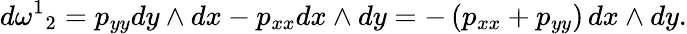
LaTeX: d{\omega^{1}}_{2}=p_{yy}dy\wedge dx-p_{xx}dx\wedge dy=-\left(p_{xx}+p_{yy}\right)\, dx\wedge dy.